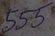
Text: 555